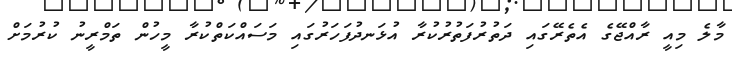
މާލެ މިއީ ރާއްޖޭގެ އެތެރޭގައި ދަތުރުފަތުރުކުރާ އުޅަނދުފަހަރުގައި މަސައްކަތްކުރާ މީހުން ތަމްރީނު ކުރުމަށް